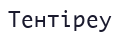
Тентіреу